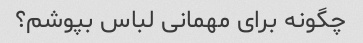
چگونه برای مهمانی لباس بپوشم؟